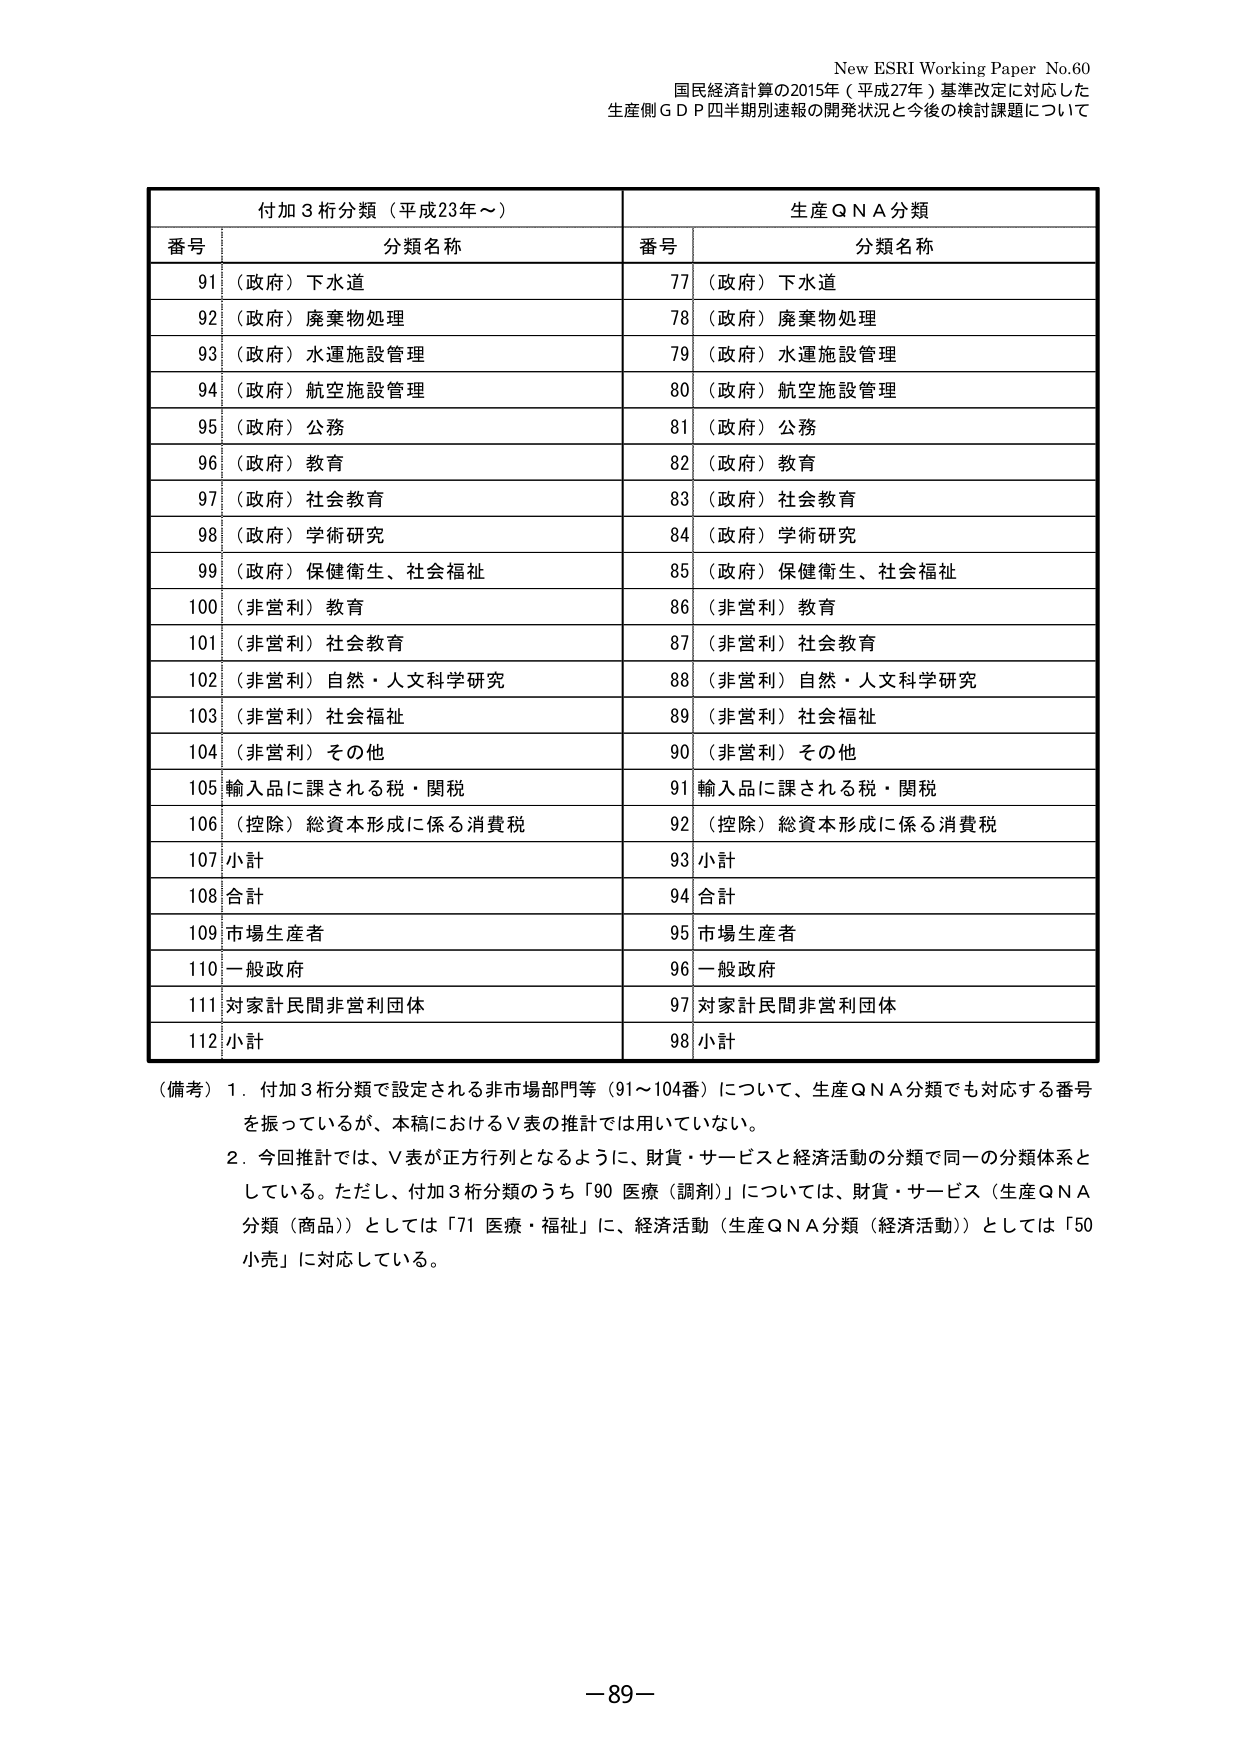
New ESRI Working Paper No.60
国民経済計算の2015年（平成27年）基準改定に対応した
生産側ＧＤＰ四半期別速報の開発状況と今後の検討課題について

付加3桁分類（平成23年～）　　　　　　　　　　　　生産QNA分類
番号　分類名称　　　　　　　　　　　　　　　　　　番号　分類名称
91　（政府）下水道　　　　　　　　　　　　　　　　77　（政府）下水道
92　（政府）廃棄物処理　　　　　　　　　　　　　　78　（政府）廃棄物処理
93　（政府）水運施設管理　　　　　　　　　　　　　79　（政府）水運施設管理
94　（政府）航空施設管理　　　　　　　　　　　　　80　（政府）航空施設管理
95　（政府）公務　　　　　　　　　　　　　　　　　81　（政府）公務
96　（政府）教育　　　　　　　　　　　　　　　　　82　（政府）教育
97　（政府）社会教育　　　　　　　　　　　　　　　83　（政府）社会教育
98　（政府）学術研究　　　　　　　　　　　　　　　84　（政府）学術研究
99　（政府）保健衛生、社会福祉　　　　　　　　　　85　（政府）保健衛生、社会福祉
100　（非営利）教育　　　　　　　　　　　　　　　86　（非営利）教育
101　（非営利）社会教育　　　　　　　　　　　　　87　（非営利）社会教育
102　（非営利）自然・人文科学研究　　　　　　　　88　（非営利）自然・人文科学研究
103　（非営利）社会福祉　　　　　　　　　　　　　89　（非営利）社会福祉
104　（非営利）その他　　　　　　　　　　　　　　90　（非営利）その他
105　輸入品に課される税・関税　　　　　　　　　　91　輸入品に課される税・関税
106　（控除）総資本形成に係る消費税　　　　　　　92　（控除）総資本形成に係る消費税
107　小計　　　　　　　　　　　　　　　　　　　　93　小計
108　合計　　　　　　　　　　　　　　　　　　　　94　合計
109　市場生産者　　　　　　　　　　　　　　　　　95　市場生産者
110　一般政府　　　　　　　　　　　　　　　　　　96　一般政府
111　対家計民間非営利団体　　　　　　　　　　　　97　対家計民間非営利団体
112　小計　　　　　　　　　　　　　　　　　　　　98　小計

（備考）1．付加3桁分類で設定される非市場部門等（91～104番）について、生産QNA分類でも対応する番号を振っているが、本稿におけるV表の推計では用いていない。
　　　2．今回推計では、V表が正方行列となるように、財貨・サービスと経済活動の分類で同一の分類体系としている。ただし、付加3桁分類のうち「90 医療（調剤）」については、財貨・サービス（生産QNA分類（商品））としては「71 医療・福祉」に、経済活動（生産QNA分類（経済活動））としては「50 小売」に対応している。

－89－